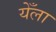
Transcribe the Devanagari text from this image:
येँला